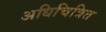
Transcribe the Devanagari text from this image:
अधिचित्रित